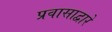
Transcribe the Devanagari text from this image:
प्रवासाद्वारे